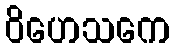
ဝိဟေသကေ